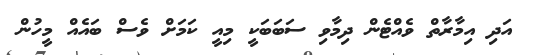
އަދި އިމާރާތް ވެއްޓެން ދިމާވި ސަބަބަކީ މިއީ ކަމަށް ވެސް ބައެއް މީހުން